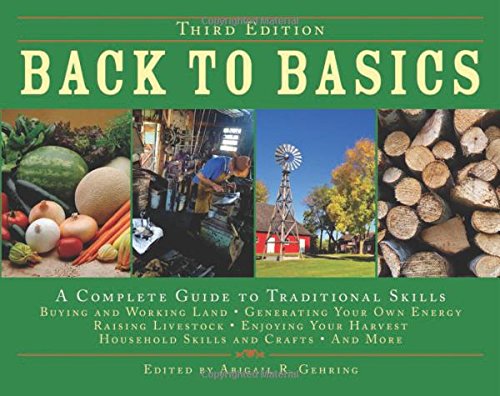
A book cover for Back to Basics: A Complete Guide to Traditional Skills, Third Edition; Crafts, Hobbies & Home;